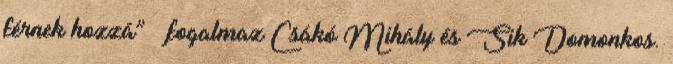
férnek hozzá” – fogalmaz Csákó Mihály és Sik Domonkos.